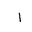
Letter: _alif